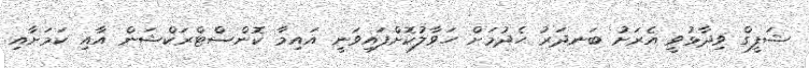
ޝަފީގް ވިދާޅުވީ އެރަށު ބަނދަރު ހެދުމަށް ހަވާލުކޮށްފައިވަނީ އައިމާ ކޮންސްޓްރަކްޝަން އާއި ކަމަށާއި